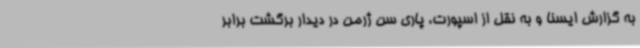
به گزارش ایسنا و به نقل از اسپورت، پاری سن ژرمن در دیدار برگشت برابر